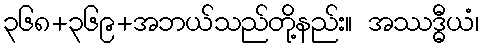
၃၆၈+၃၆၉+အဘယ်သည်တို့နည်း။ အဿဒ္ဓီယံ၊